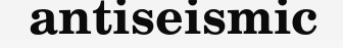
antiseismic